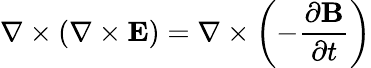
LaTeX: \nabla\times\left(\nabla\times\mathbf{E}\right)=\nabla\times\left(-{\frac{\partial\mathbf{B}}{\partial t}}\right)